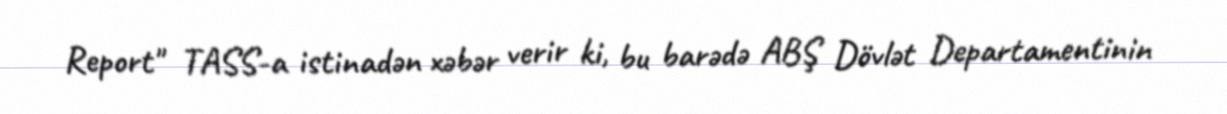
Report" TASS-a istinadən xəbər verir ki, bu barədə ABŞ Dövlət Departamentinin